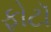
ફોટૉ